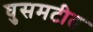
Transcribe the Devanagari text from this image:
घुसमटीत